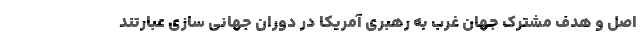
اصل و هدف مشترک جهان غرب به رهبری آمریکا در دوران جهانی سازی عبارتند